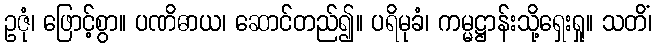
ဥဇုံ၊ ဖြောင့်စွာ။ ပဏိဓာယ၊ ဆောင်တည်၍။ ပရိမုခံ၊ ကမ္မဋ္ဌာန်းသို့ရှေးရှု။ သတိံ၊